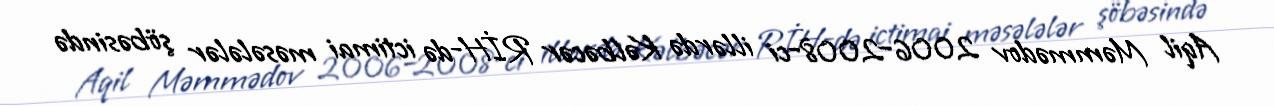
Aqil Məmmədov 2006–2008-ci illərdə Kəlbəcər RİH-də ictimai məsələlər şöbəsində